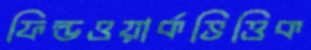
ফিল্ডওয়ার্কভিত্তিক